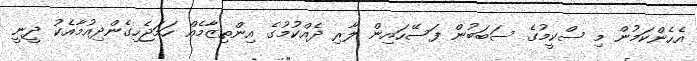
އެހެންކަމުން މި ސްކީމުގެ ސަބަބުން ފަސޭހައިން ލާރި ދެއްކުމުގެ އިންތިޒާމެއް ހަމަޖެހިގެންދިއުމާއެކު ދީނީ